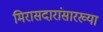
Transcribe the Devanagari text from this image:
मिरासदारांसारख्या